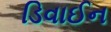
ડિવાઈન